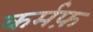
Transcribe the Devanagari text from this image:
कर्मफ़